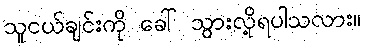
သူငယ်ချင်းကို ခေါ် သွားလို့ရပါသလား။